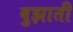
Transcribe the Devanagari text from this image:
बुझाती